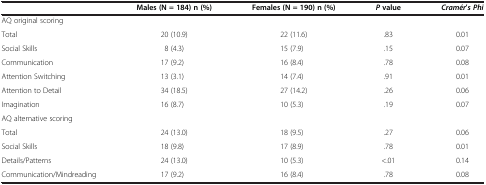
|  | Males (N = 184) n (%) | Females (N = 190) n (%) | Pvalue | Cramér’s Phi |
 | --- | --- | --- | --- | --- |
 | AQ original scoring |  |  |  |  |
 | Total | 20 (10.9) | 22 (11.6) | .83 | 0.01 |
 | Social Skills | 8 (4.3) | 15 (7.9) | .15 | 0.07 |
 | Communication | 17 (9.2) | 16 (8.4) | .78 | 0.08 |
 | Attention Switching | 13 (3.1) | 14 (7.4) | .91 | 0.01 |
 | Attention to Detail | 34 (18.5) | 27 (14.2) | .26 | 0.06 |
 | Imagination | 16 (8.7) | 10 (5.3) | .19 | 0.07 |
 | AQ alternative scoring |  |  |  |  |
 | Total | 24 (13.0) | 18 (9.5) | .27 | 0.06 |
 | Social Skills | 18 (9.8) | 17 (8.9) | .78 | 0.01 |
 | Details/Patterns | 24 (13.0) | 10 (5.3) | <.01 | 0.14 |
 | Communication/Mindreading | 17 (9.2) | 16 (8.4) | .78 | 0.08 |